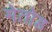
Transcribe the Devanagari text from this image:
मेतोड